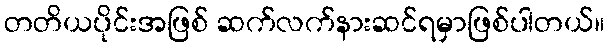
တတိယပိုင်းအဖြစ် ဆက်လက်နားဆင်ရမှာဖြစ်ပါတယ်။